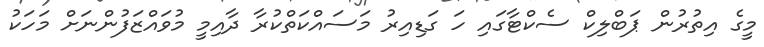
މީގެ އިތުރުން ޕަބްލިކް ސެކްޓާގައި ހަ ގަޑިއިރު މަސައްކަތްކުރާ ދާއިމީ މުވައްޒަފުންނަށް މަހަކު